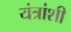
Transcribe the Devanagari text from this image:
यंत्रांशी